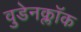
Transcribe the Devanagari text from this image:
वुडेनक्लॉक